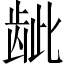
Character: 龇